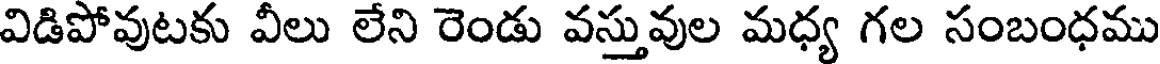
విడిపోవుటకు వీలు లేని రెండు వస్తువుల మధ్య గల సంబంధము